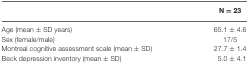
<table><thead><tr><td></td><td><b><i>N</i> = 23</b></td></tr></thead><tbody><tr><td>Age (mean ± SD years)</td><td>65.1 ± 4.6</td></tr><tr><td>Sex (female/male)</td><td>17/5</td></tr><tr><td>Montreal cognitive assessment scale (mean ± SD)</td><td>27.7 ± 1.4</td></tr><tr><td>Beck depression inventory (mean ± SD)</td><td>5.0 ± 4.1</td></tr></tbody></table>